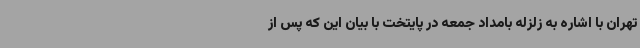
تهران با اشاره به زلزله بامداد جمعه در پایتخت با بیان این که پس از